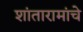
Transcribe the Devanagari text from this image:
शांतारामांचे